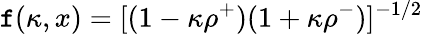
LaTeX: \mathtt{f}(\kappa,x)=[(1-\kappa\rho^{+})(1+\kappa\rho^{-})]^{-1/2}